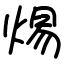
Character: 焬